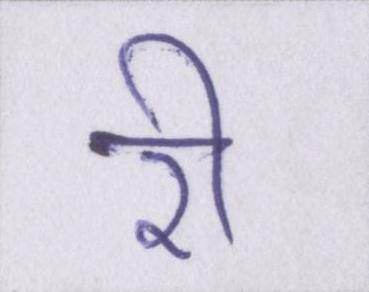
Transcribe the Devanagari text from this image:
री